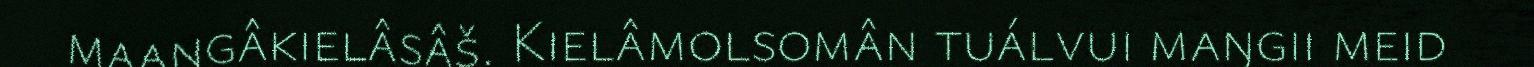
maaŋgâkielâsâš. Kielâmolsomân tuálvui maŋgii meid